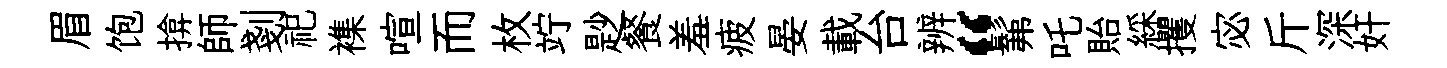
眉饱揜師剗祀襍喧而枚竚尟餐羞疲晏載台辨“髴吒貽綵攫宓斤深奸